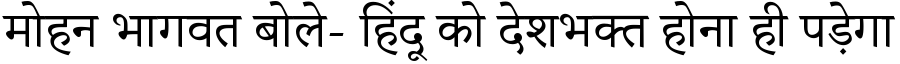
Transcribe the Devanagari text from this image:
मोहन भागवत बोले- हिंदू को देशभक्त होना ही पड़ेगा